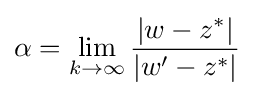
\alpha =\lim _{k\to \infty }{\frac {|w-z^{*}|}{|w'-z^{*}|}}